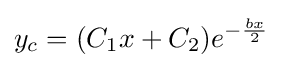
y_{c}=(C_{1}x+C_{2})e^{-{\frac {bx}{2}}}